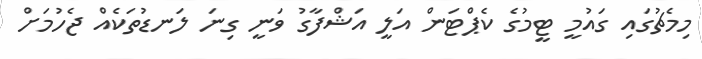
މިމެޗުގައި ގައުމީ ޓީމުގެ ކެޕްޓަން އަލީ އަޝްފާގު ވަނީ ގިނަ ލަނޑުތަކެއް ޖެހުމަށް